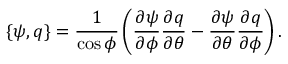
\{ \psi , q \} = \frac { 1 } { \cos \phi } \left( \frac { \partial \psi } { \partial \phi } \frac { \partial q } { \partial \theta } - \frac { \partial \psi } { \partial \theta } \frac { \partial q } { \partial \phi } \right) .